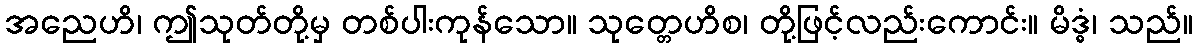
အညေဟိ၊ ဤသုတ်တို့မှ တစ်ပါးကုန်သော။ သုတ္တေဟိစ၊ တို့ဖြင့်လည်းကောင်း။ မိဒ္ဓံ၊ သည်။